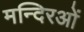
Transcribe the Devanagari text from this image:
मन्दिरओं